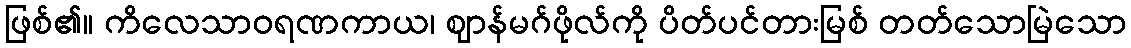
ဖြစ်၏။ ကိလေသာဝရဏကာယ၊ ဈာန်မဂ်ဖိုလ်ကို ပိတ်ပင်တားမြစ် တတ်သောမြဲသော